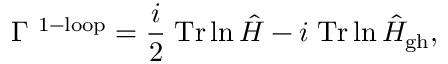
\Gamma ^ { \mathrm { \small ~ 1 - l o o p } } = { \frac { i } { 2 } } \; \mathrm { T r } \ln { \hat { H } } - i \; \mathrm { T r } \ln { \hat { H } _ { \mathrm { g h } } } ,